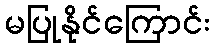
မပြုနိုင်ကြောင်း